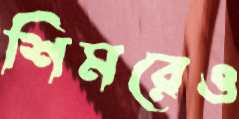
শিমরেও